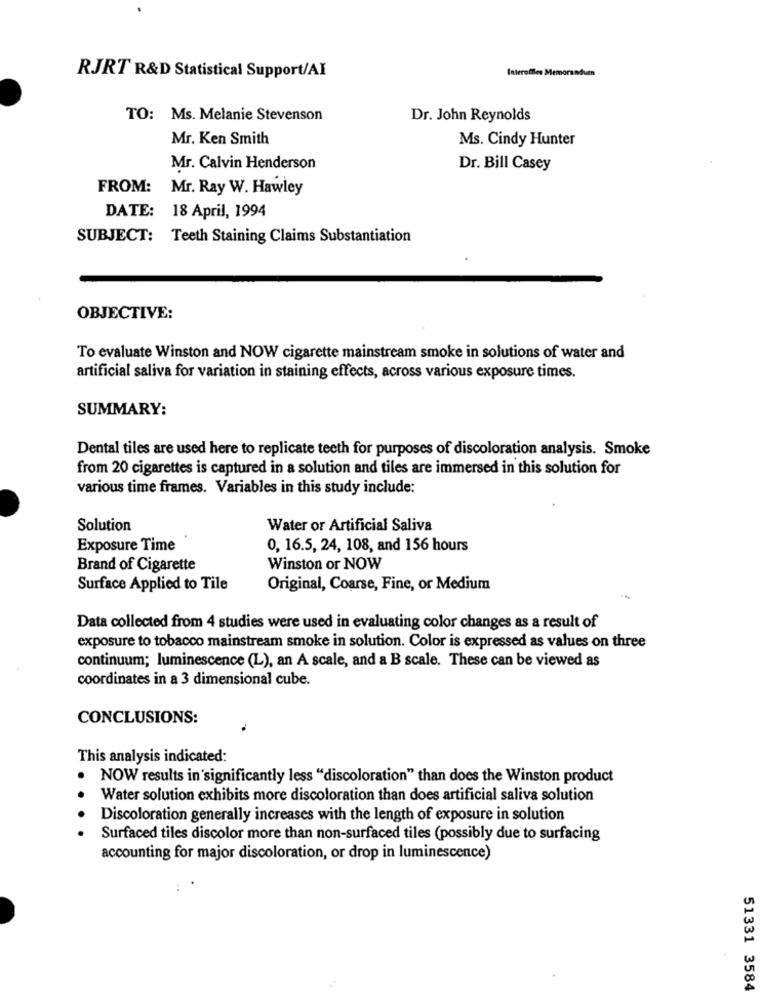
RJRT R&D Statistical Support/AI
Interoffles Men
TO: Ms. Melanie Stevenson
Dr. John Reynolds
Mr. Ken Smith
Ms. Cindy Hunter
Mr. Calvin Henderson
Dr. Bill Casey
FROM:
Mr. Ray W. Hawley
DATE: 18 April, 1994
SUBJECT: Teeth Staining Claims Substantiation
OBJECTIVE:
To evaluate Winston and NOW cigarette mainstream smoke in solutions of water and
artificial saliva for variation in staining effects, across various exposure times.
SUMMARY:
Dental tiles are used here to replicate teeth for purposes of discoloration analysis. Smoke
from 20 cigarettes is captured in a solution and tiles are immersed in this solution for
various time frames. Variables in this study include:
Solution
Water or Artificial Saliva
Exposure Time
0, 16.5, 24, 108, and 156 hours
Brand of Cigarette
Winston or NOW
Surface Applied to Tile
Original, Coarse, Fine, or Medium
Data collected from 4 studies were used in evaluating color changes as a result of
exposure to tobacco mainstream smoke in solution. Color is expressed as values on three
continuum; luminescence (L), an A scale, and a B scale. These can be viewed as
coordinates in a 3 dimensional cube.
CONCLUSIONS:
This analysis indicated:
NOW results in significantly less "discoloration" than does the Winston product
. .
Water solution exhibits more discoloration than does artificial saliva solution
Discoloration generally increases with the length of exposure in solution
Surfaced tiles discolor more than non-surfaced tiles (possibly due to surfacing
accounting for major discoloration, or drop in luminescence)
51331 3584